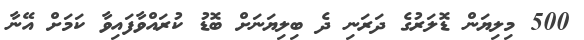
500 މިލިޔަން ޑޮލަރުގެ ދަރަނި ދެ ބިލިޔަނަށް ބޮޑު ކުރައްވާފައިވާ ކަމަށް އޭނާ